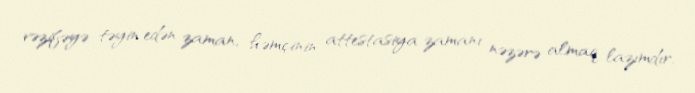
vəzifəyə təyin edən zaman, həmçinin attestasiya zamanı nəzərə almaq lazımdır.